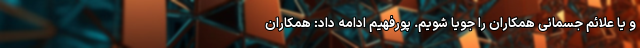
و یا علائم جسمانی‌ همکاران را جویا ‌شویم. پورفهیم ادامه داد: همکاران